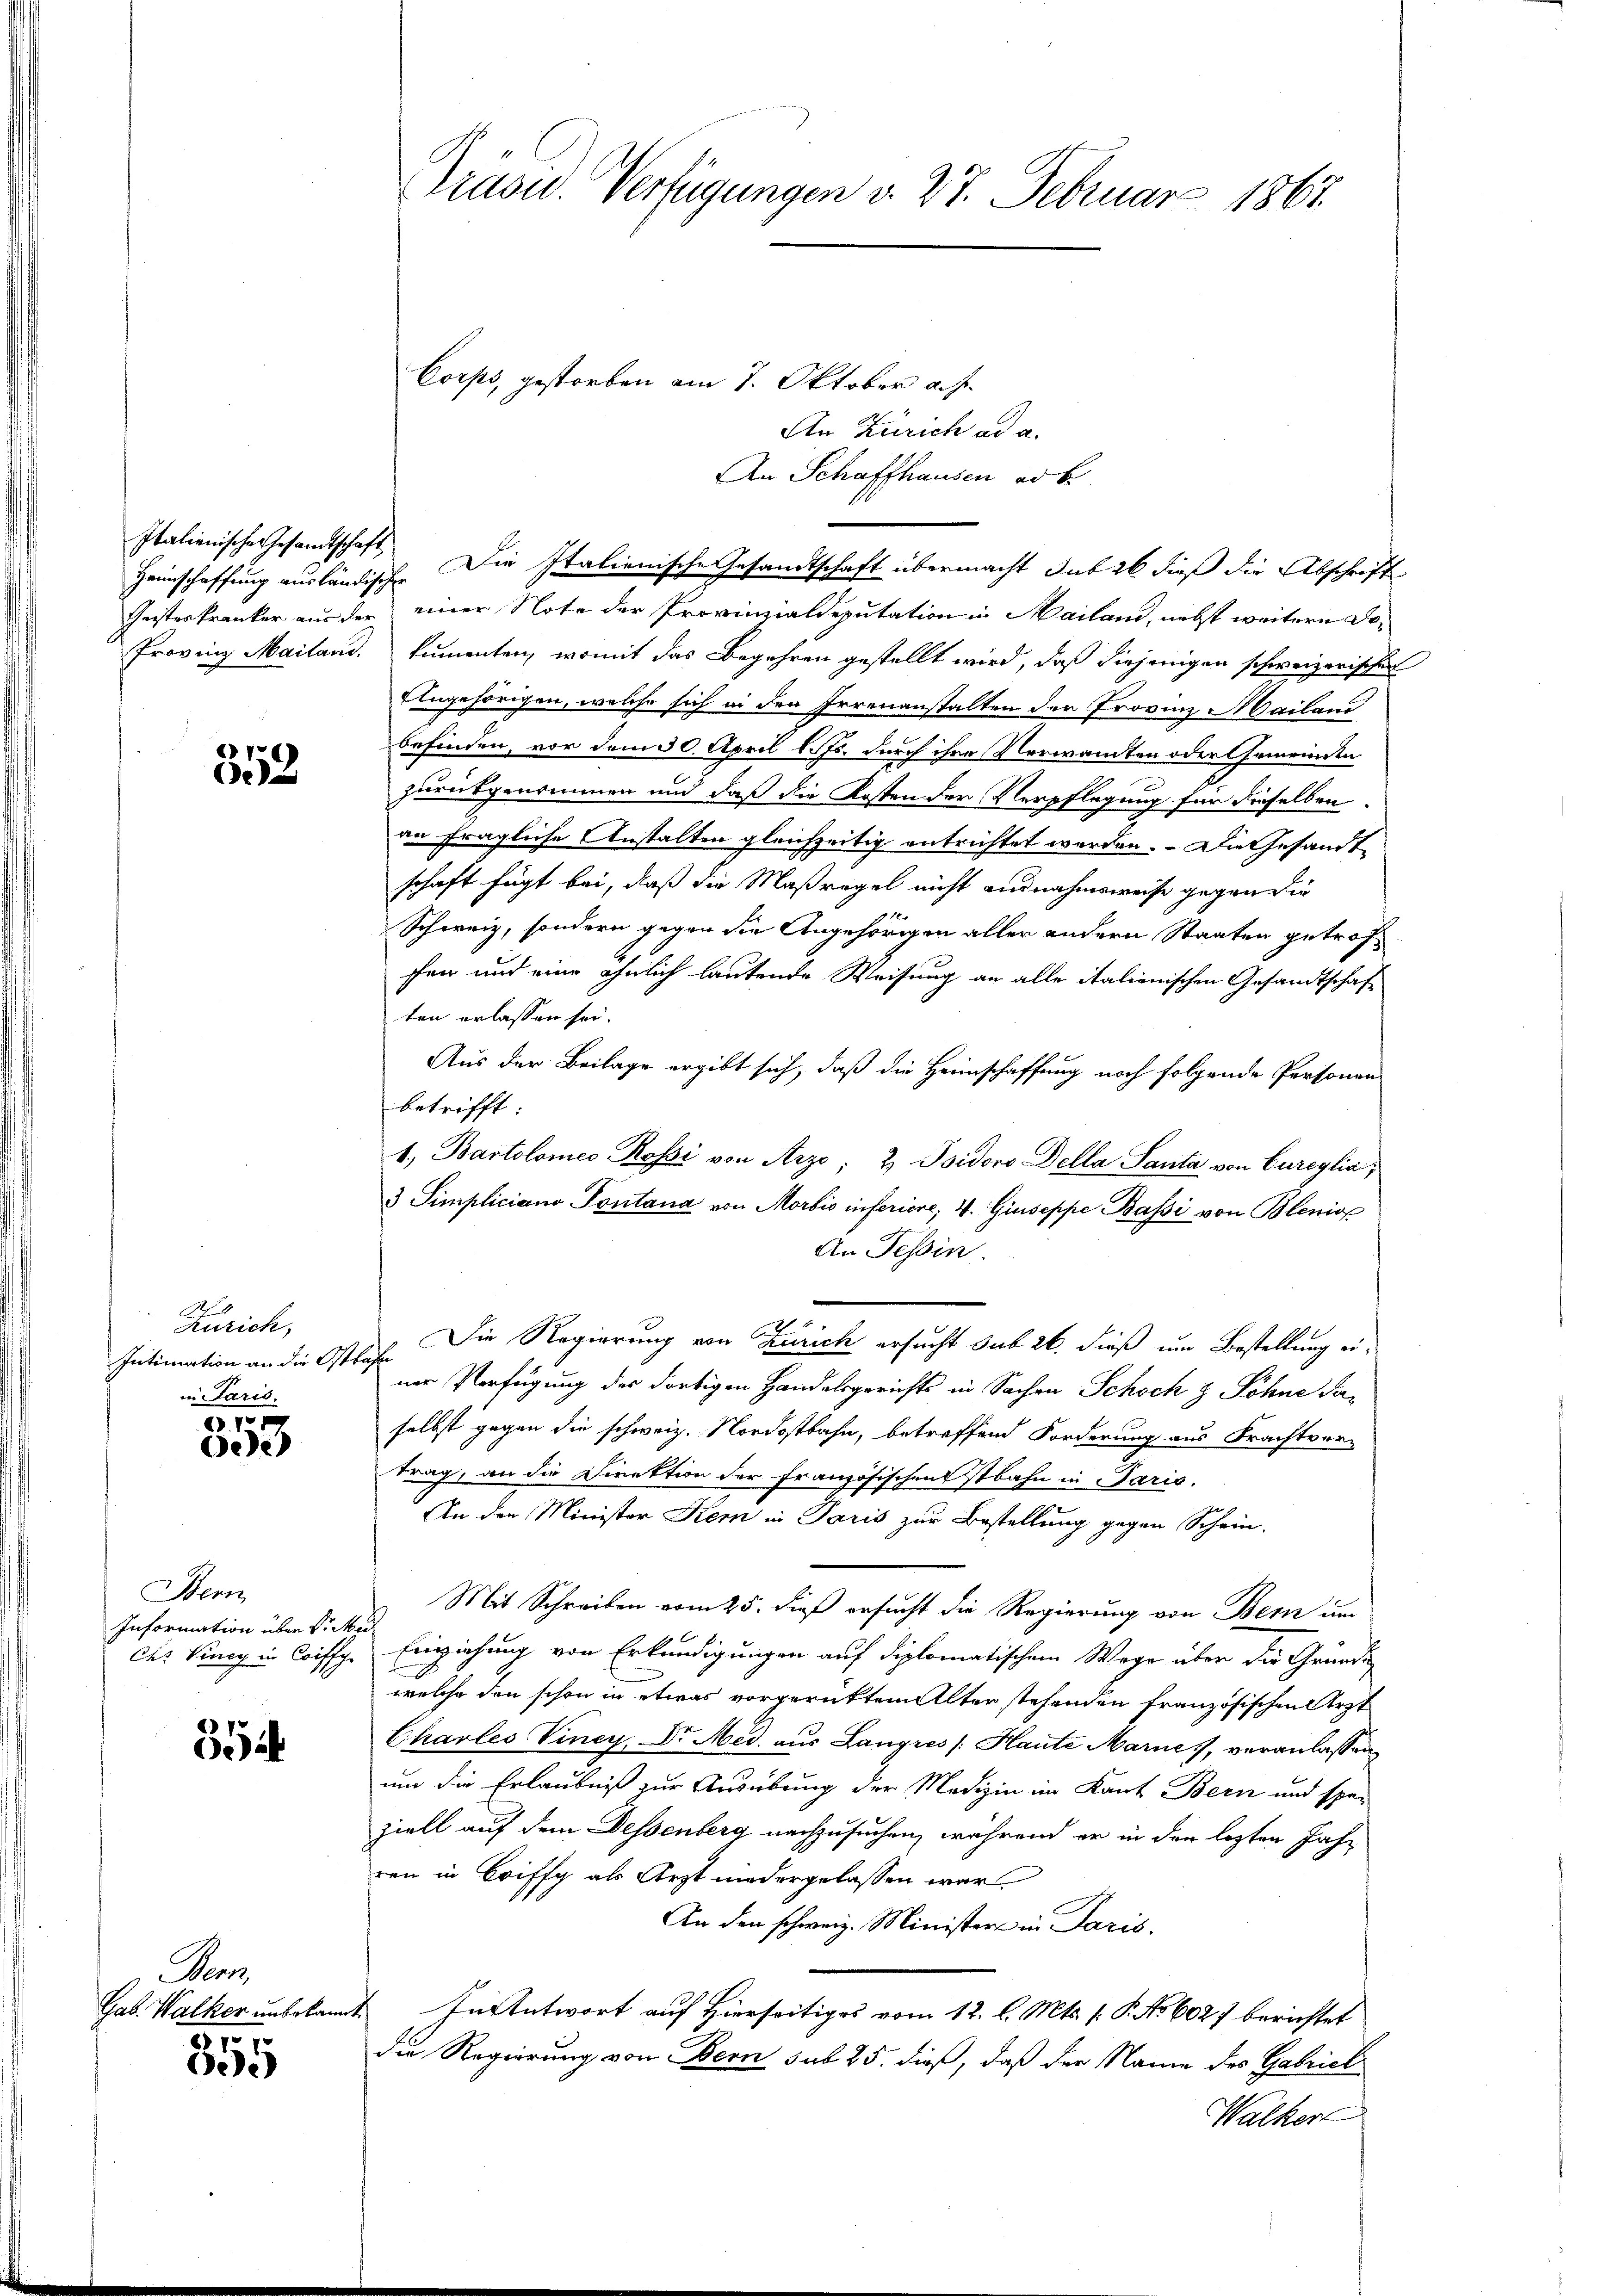
Heimschaffung ausländischer

3152

Kurich,
Intimation an die Osts
in Paris.

0 f 10 x
ee)

Bern
Information über Sr. M.
Chs Vincy in Coiffge

35

Pas
Gab. Walker unbekannt.
8 10 x

ee

Präsid. Verfügungen v. 27. Februar 1867

An Zürich ad a.
An Schaffhausen ad b.
Italienische Gesandtschaft. Die Italienische Gesandtschaft übermacht sub 26 dieß die Abschrift
Cheisterkranker aus der einer Note der Provinzialdeputation in Mailand, nebst weitere Do¬
Provinz Mailand. Sumenten, womit das Begehren gestellt wird, daß diejenigen schweizerischen
Angehörigen, welche sich in den Irrenanstalten der Provinz Mailand
befinden, vor dem 30. April l. Js. durch ihre Verwandten oder Gemeinden
zurückgenommen und daß die Kosten der Verpflegung für dieselben
an fragliche Anstalten gleichzeitig entrichtet werden. Die Gesandt
schaft fügt bei, daß die Maßregel nicht ausnahmsweise gegen die
Schweiz, sondern gegen die Angehörigen aller andern Staaten getrofchen und eine ähnlich lautende Weisung an alle italienischen Gesandtschaft
ten erlassen sei.
Aus der Beilage ergibt sich, daß die Heimschaffung noch folgende Personen
betrifft:
1. Bartolomer Rossi von Arze; 2. Isidoro Della Santa von Cureglia,
3 Simpliciano Pontana von Morbis inferiore, 4. Giuseppe Bassi von Blenio
An Tessin.
Die Regierung von Zürich ersucht sub 26. dieß um Bestellung eiachen
ner Verfügung des dortigen Handelsgerichts in Sachen Schoch & Söhne Saselbst gegen die schweiz. Nordostbahn, betreffend Forderung aus Frachtver-
trag, an die Direktion der Französischenstbahn in Paris.
An den Minister Kem in Paris zur Bestellung gegen Schein-
Mit Schreiben vom 25. dieß ersucht die Regierung von Bern um
i
Einziehung von Erkundigungen auf diplomatischem Wege über die Gründig
welche den schon in etwas vorgerückten Alter stehenden französischen Ärzt
Charles Viney, Dr. Med. aus Langres /: Haute Marie, veranlassen
um die Erlaubniß zur Ausübung der Medizin im Kant Bern und spe-
ziell auf dem Dessenberg nachzusuchen, während er in der lezten Jahr
wen in Briff als Arzt niedergelassen war
An den schweiz. Minister in Paris.
Insentwort auf Hierseitiges vom 12. l. Mts. (: P. No 6027 berichtet
die Regierung von Bern sub 25. dieß, daß der Name des Gabriel
Walker

Corps, gestorben am 7. Oktober a. p.